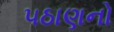
૫ઠાણનો